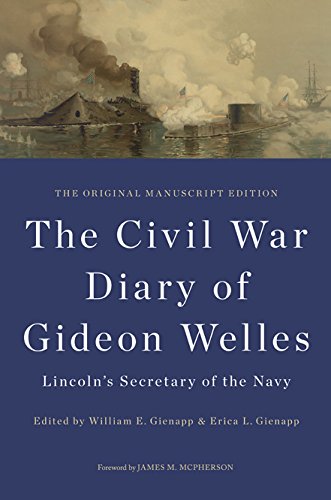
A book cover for The Civil War Diary of Gideon Welles, Lincoln's Secretary of the Navy: The Original Manuscript Edition (The Knox College Lincoln Studies Center); Gideon Welles; Literature & Fiction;